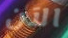
الآن